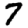
Digit: 7